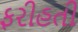
ફરીહતી